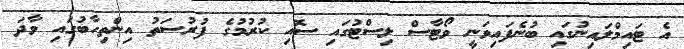
އެ ޓައިމްލައިނުގައި ބުނެފައިވަނީ ވޯޓާސް ލިސްޓުގައި ސޮއި ކުރުމުގެ ފުރުސަތު އިންތިހާބުގައި ވާދަ